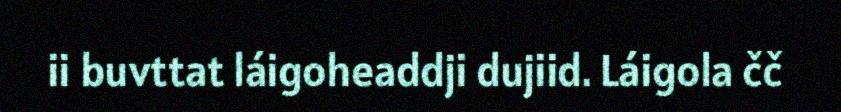
ii buvttat láigoheaddji dujiid. Láigola čč